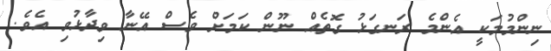
ނިންމުމަކީ އެންމެ ރަނގަޅު ގޮތެއް ނޫން ކަަމަށް ވެސް އޭނާ ވިދާޅުވި އެވެ.